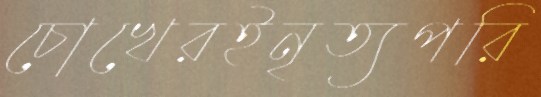
চোখেরইনৃত্যপরি